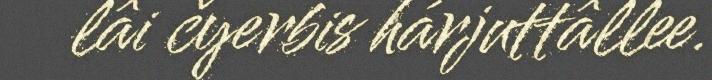
lâi čyerbis hárjuttâllee.